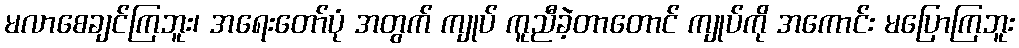
မလာစေချင်ကြဘူး၊ အရေးတော်ပုံ အတွက် ကျုပ် ကူညီခဲ့တာတောင် ကျုပ်ကို အကောင်း မပြောကြဘူး